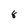
Character: 8